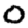
Digit: 0